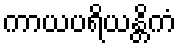
ကာယပရိယန္တိကံ